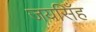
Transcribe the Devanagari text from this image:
जयसिँह